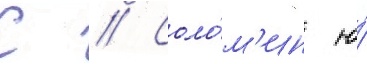
С // Соло́м'ин ю́